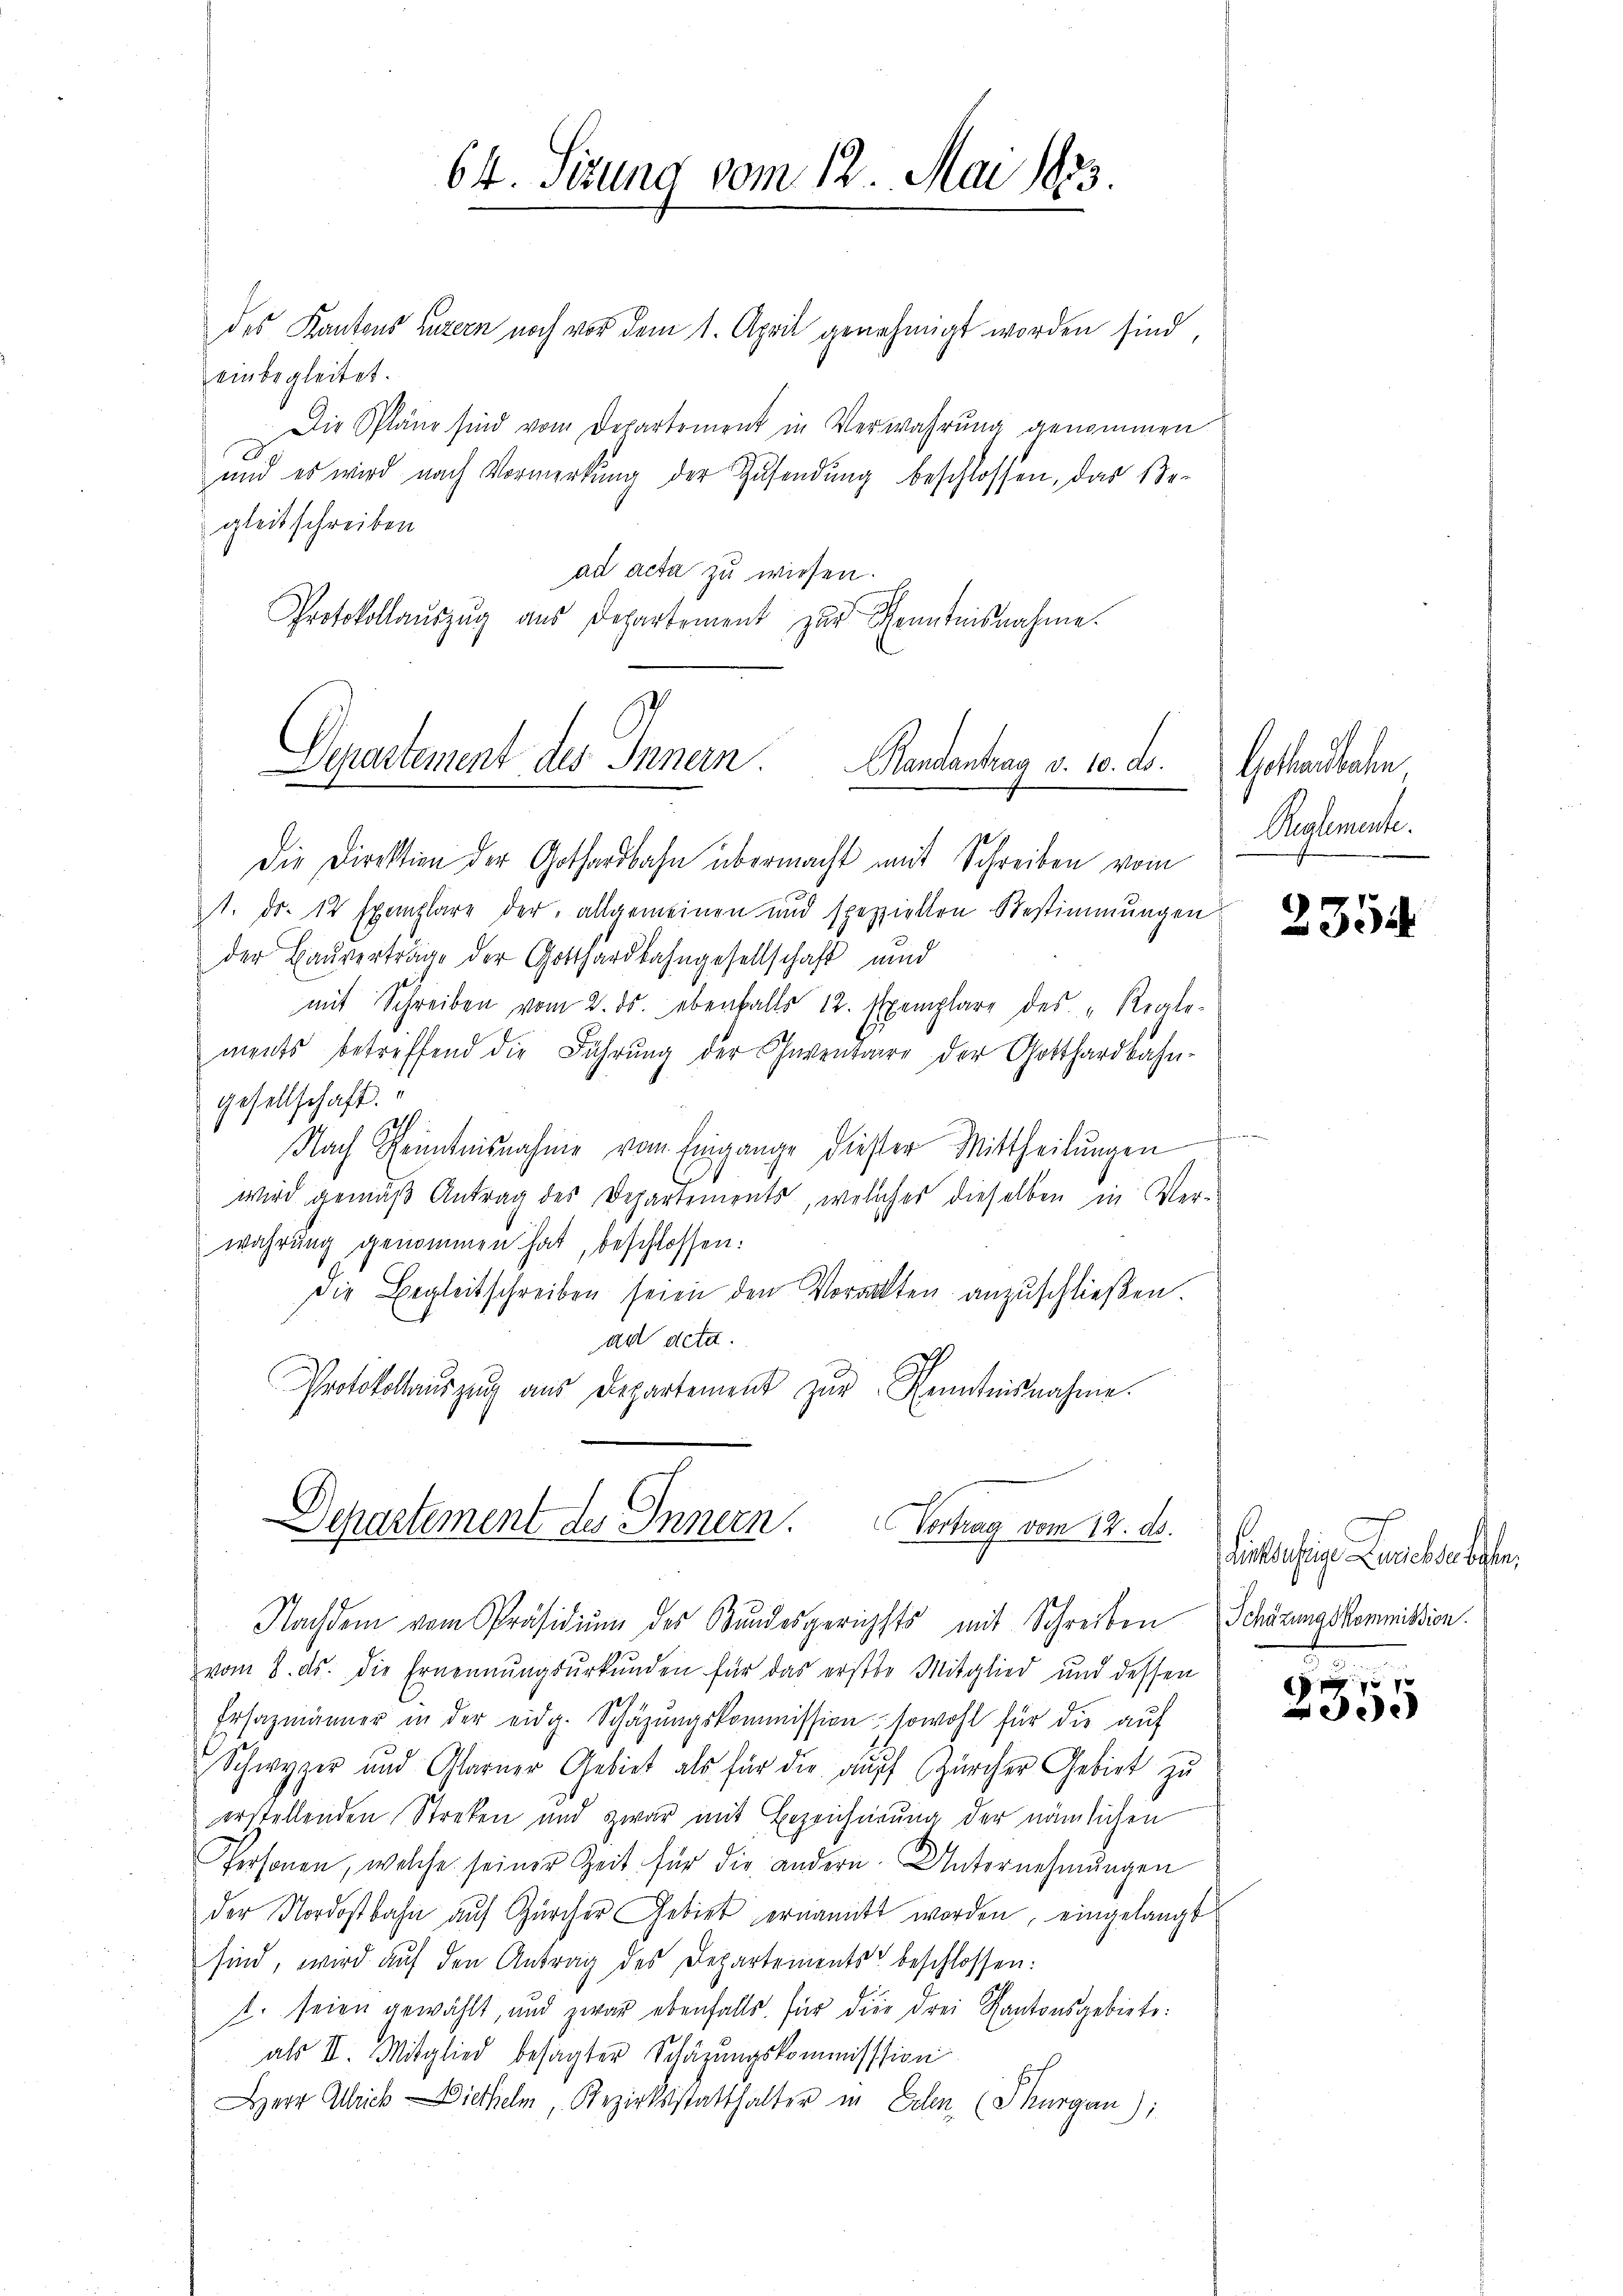
des Kantons Luzern noch vor dem 1. April genehmigt worden sind,
einbegleitet.
Die Pläne sind vom Departement in Verwahrung genommen
und es wird nach Vormerkung der Zusendung beschlossen, das Begleitschreiben
ad acta zu wiesen.
Protokollaŭszŭg aŭs Departement zŭr Kenntnisnahme.

64. Sizung vom 12. Mai 1883.

Departement des Innern.
Randantrag v. 10. ds. Gothardbahn

Die Direktion der Gothardbahn übermacht mit Schreiben vom
1. ds. 12 Exemplare der allgemeinen und speziellen Bestimmungen
der Bauverträge der Gotthardbahngesellschaft und
mit Schreiben vom 2. ds. ebenfalls 12. Exemplare des "Reale-
ments betreffend die Führung der Inventaire der Gotthardbahn-
gesellschaft.“
1
Nach Kenntnisnahme vom Eingange dieser Mittheilŭngen
wird gemäß Antrag des Departements, welches dieselben in Ver-
wahrung genommen hat, beschlossen:
Die Begleitschreiben seien den Vorackten anzuschließen.
ad acta.
Protokollaŭszŭg aŭs Departement zŭr Kenntnisnahme.

Departement des Innern. Vertrag vom 12. ds.
Nachdem vom Präsidiŭm des Bundesgerichts mit Schreiben Schörungskommission.

vom 8. ds. die Ernennungsurkunden für das erste Mitglied und dessen
Ersazmänner in der eidg. Schäzŭngskommission, sowohl für die aŭf
Schwyzer und Glarner Gebiet als für die auf Zürcher Gebiet zu
erstellenden Streken und zwar mit Bezeichnung der nämlichen
Personen, welche seiner Zeit für die andern. Unternehmungen
der Nordostbahn aŭf Zürcher Gebiet ernannt worden, eingelangt
sind, wird auf den Antrag des Departements beschlossen:
t. seien gewählt, und zwar ebenfalls für die drei Kantonsgebiete:
als II. Mitglied besagter Schäzungskommission
Herr Allrich Diethelm, Bezirksstatthalter in Erlen (Thurgau);

Weglemente.

2354

bichlechtige Lanebenebster.

p
235.